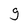
Character: g